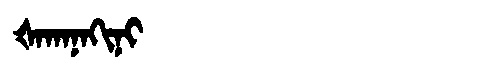
Manchu: ᡧᠠᡴᠠᠨᠠᡴᡳᠨᡳ
Romanization: ŠAKANAKINI